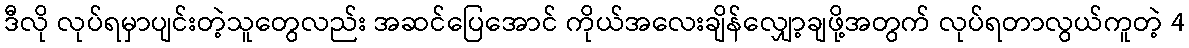
ဒီလို လုပ်ရမှာပျင်းတဲ့သူတွေလည်း အဆင်ပြေအောင် ကိုယ်အလေးချိန်လျှော့ချဖို့အတွက် လုပ်ရတာလွယ်ကူတဲ့ 4